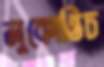
লুকোভিচ